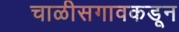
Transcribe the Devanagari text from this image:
चाळीसगावकडून